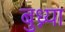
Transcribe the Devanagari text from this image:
बुध्न्या